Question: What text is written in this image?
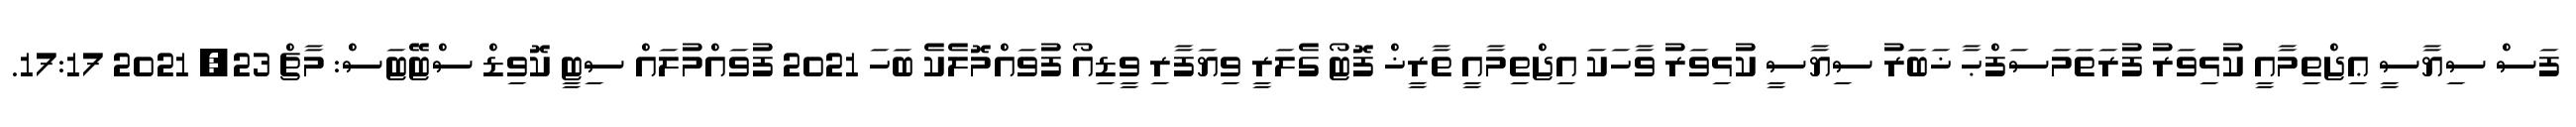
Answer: ފަސް ސިޔާސީ ޢިޖްތިމާއީ ކުޅިވަރު ފުރަތަމަސަފްޙާ ޚަބަރު ސިޔާސީ ކުޅިވަރު ވާހަކަ އިޖްތިމާއީ ތާރީޚް ފޮޓޯ ގެލަރީ ވިޔަފާރި ވީޑިއޯ ފުވައްމޮލެކެ ބަހަ 2021 ފުވައްމުލައް ސިޓީ ކޮވިޑް ސްޓޭޓަސް: މާޗް 23, 2021 17:17.